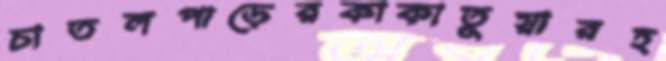
চাতলপাড়েরকাকাতুয়ারহ